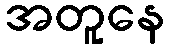
အတူနေ